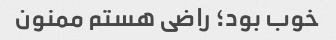
خوب بود؛ راضی‌ هستم ممنون